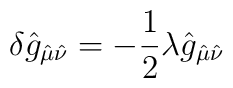
\delta \hat g_{\hat \mu \hat \nu}= -\frac{1}{2}\lambda \hat g_{\hat \mu \hat\nu}